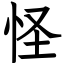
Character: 怪